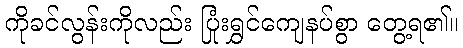
ကိုခင်လွန်းကိုလည်း ပြုံးရွှင်ကျေနပ်စွာ တွေ့ရ၏။